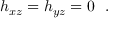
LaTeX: h _ { x z } = h _ { y z } = 0 \ \ .